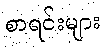
စာရင်းများ